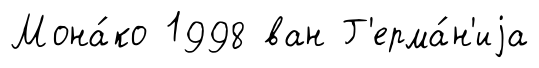
Мона́ко 1998 ван Г'ерма́н'иjа